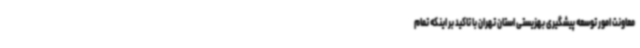
معاونت امور توسعه پیشگیری بهزیستی استان تهران با تاکید بر اینکه تمام